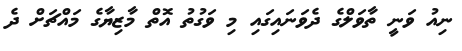
ނިއު ވަނީ ތާވަލްގެ ދެވަނައިގައި މި ވަގުތު އޮތް މާޒިޔާގެ މައްޗަށް ދެ